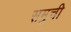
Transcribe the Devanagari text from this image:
समुची